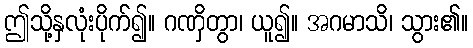
ဤသို့နှလုံးပိုက်၍။ ဂဏှိတွာ၊ ယူ၍။ အဂမာသိ၊ သွား၏။